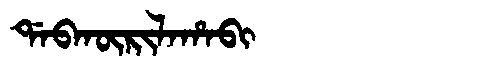
Manchu: ᡩᠠᠪᡴᡡᡵᡳᠯᠠᡥᠠᠪᡳ
Romanization: DABKŪRILAHABI